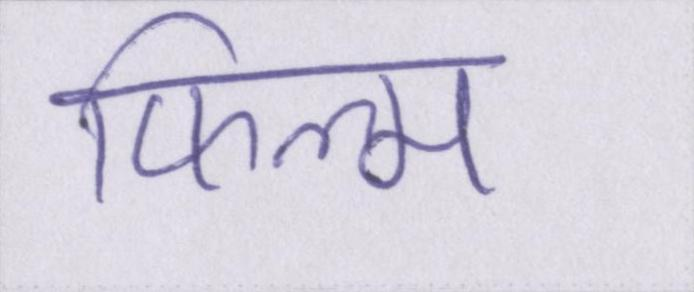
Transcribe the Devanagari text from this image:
फिल्म